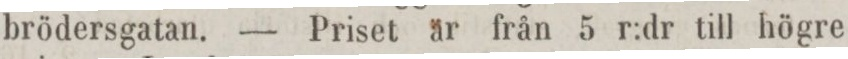
brödersgatan. — Priset är från 5 r:dr till högre